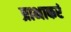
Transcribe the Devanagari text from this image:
प्राभाकरं